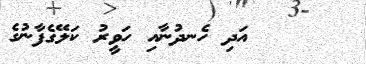
٢٥      އަދި ހެނދުނާއި ހަވީރު ކަލޭގެފާނުގެ